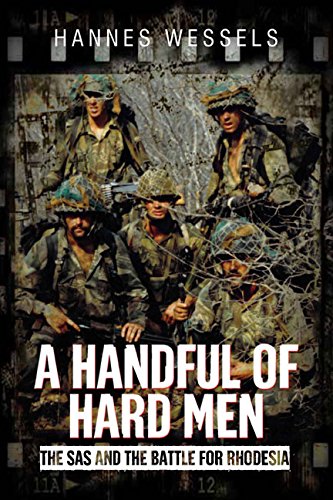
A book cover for A Handful of Hard Men: The SAS and the Battle for Rhodesia; Hannes Wessels; History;